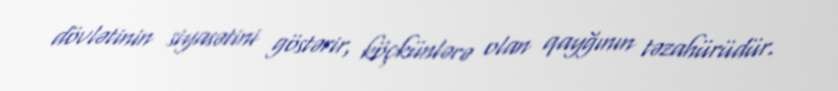
dövlətinin siyasətini göstərir, köçkünlərə olan qayğının təzahürüdür.